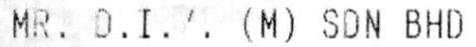
MR. D.I.Y. (M) SDN BHD